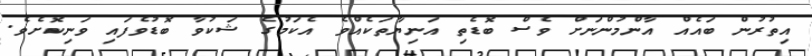
އިތުރުން ބައެއް އާންމުންނަށް ވެސް ބޮޑެތި އަނިޔާތަކެއްވެ އެކަމުގެ ޝަކުވާ ބޮޑުވެފައި ވަނިކޮށެވެ.